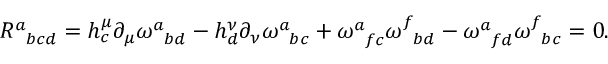
\begin{array} { r } { \begin{array} { r l } & { R _ { \phantom { a } b c d } ^ { a } = h _ { c } ^ { \mu } \partial _ { \mu } \omega _ { \phantom { a } b d } ^ { a } - h _ { d } ^ { \nu } \partial _ { \nu } \omega _ { \phantom { a } b c } ^ { a } + \omega _ { \phantom { a } f c } ^ { a } \omega _ { \phantom { a } b d } ^ { f } - \omega _ { \phantom { a } f d } ^ { a } \omega _ { \phantom { a } b c } ^ { f } = 0 . } \end{array} } \end{array}